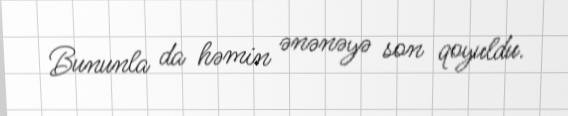
Bununla da həmin ənənəyə son qoyuldu.